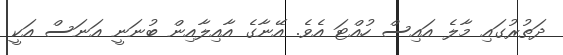
ދަތުރުގައި މާލެ އައިސް ހުއްޓަ އެވެ. އޭނާގެ އާއިލާއިން ބުނަނީ އަނަސް އަކީ